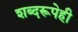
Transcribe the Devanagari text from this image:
शब्दरूपेही